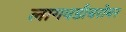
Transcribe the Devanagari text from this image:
लागवडीबरोबर